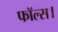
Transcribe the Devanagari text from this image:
फॉल्स।